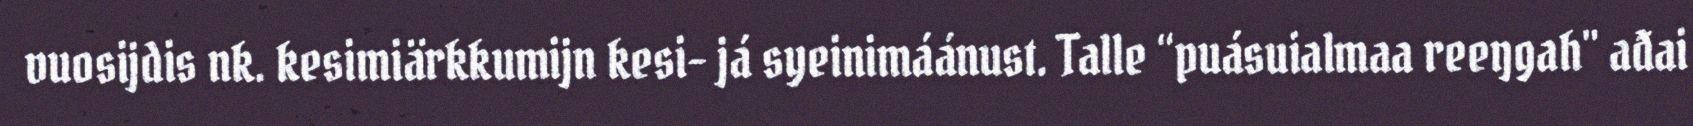
vuosijdis nk. kesimiärkkumijn kesi- já syeinimáánust. Talle “puásuialmaa reeŋgah" ađai